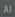
ai